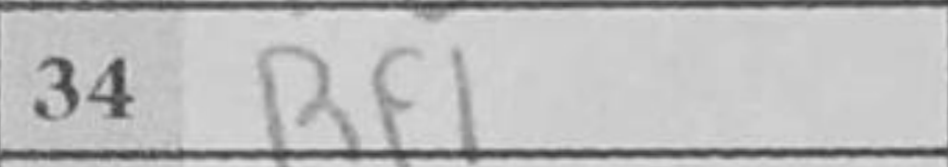
Transcription: Rf1